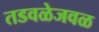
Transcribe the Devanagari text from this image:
तडवळेजवळ